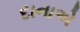
દાનાએ